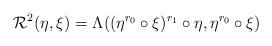
LaTeX: \begin{align*} \mathcal{R}^{2}(\eta,\xi) = \Lambda((\eta^{r_0}\circ\xi)^{r_1}\circ\eta, \eta^{r_0}\circ\xi)\end{align*}